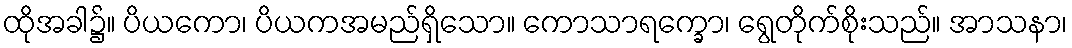
ထိုအခါ၌။ ပိယကော၊ ပိယကအမည်ရှိသော။ ကောသာရက္ခော၊ ရွေတိုက်စိုးသည်။ အာသနာ၊